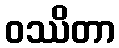
ဝဿိတာ